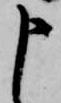
申